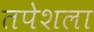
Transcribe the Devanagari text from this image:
तपेशला